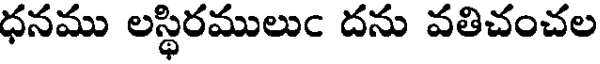
ధనము లస్థిరములుం దను వతిచంచల